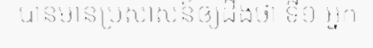
បានមានប្រសាសន៍ឲ្យដឹងថា ទី១ អ្នក